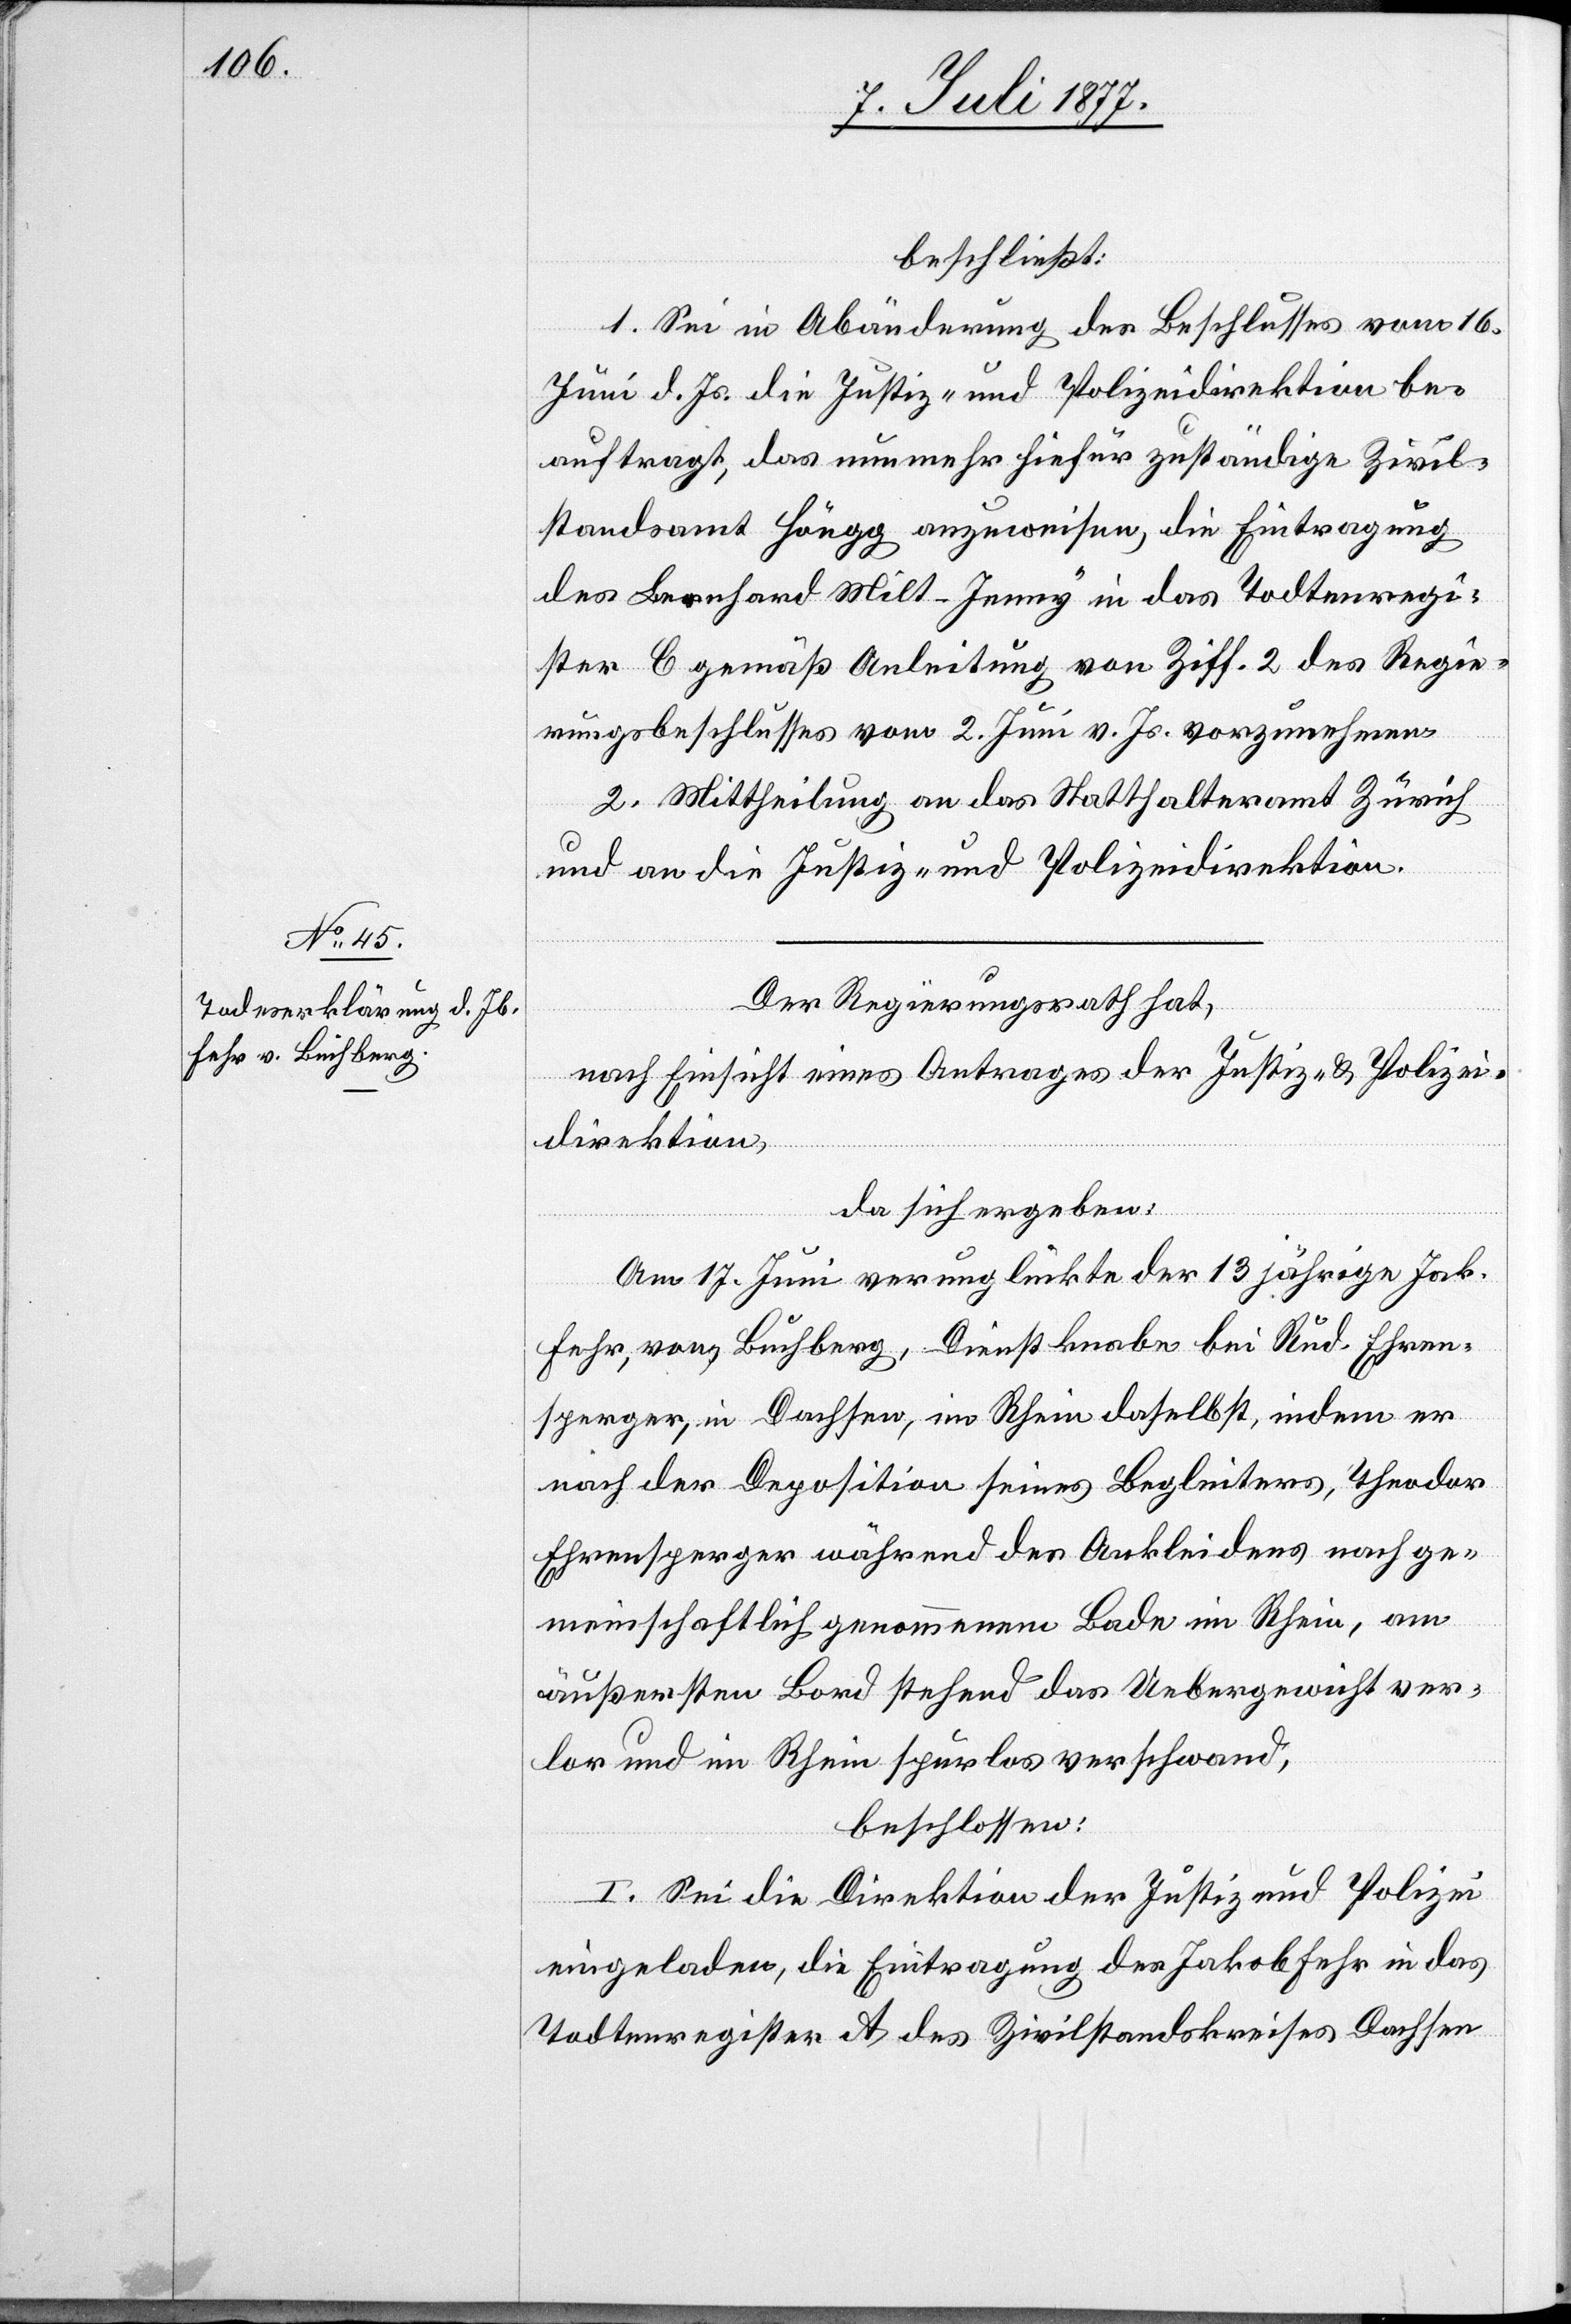
beschließt:
1. Sei in Abänderung des Beschlusses vom 16.
Juni d. Js. die Justiz- und Polizeidirektion be¬
auftragt, das nunmehr hiefür zuständige Zivil¬
standsamt Höngg anzuweisen, die Eintragung
des Bernhard Milt-Jenny in das Todtenregi¬
ster C gemäß Anleitung von Ziff. 2 des Regie¬
rungsbeschlusses vom 2. Juni v. Js. vorzunehmen.
2. Mittheilung an das Statthalteramt Zürich
und an die Justiz- und Polizeidirektion.
Der Regierungsrath hat,
nach Einsicht eines Antrages der Justiz- & Polizei¬
direktion,
da sich ergeben:
Am 17. Juni verunglückte der 13 jährige Jak.
Fehr, von Buchberg, Dienstknabe bei Rud. Ehren¬
sperger, in Dachsen, im Rhein daselbst, indem er
nach der Deposition seines Begleiters, Theodor
Ehrensperger während des Ankleidens nach ge¬
meinschaftlich genommenem Bade im Rhein, am
äußersten Bord stehend das Uebergewicht ver¬
lor und im Rhein spurlos verschwand,
beschlossen:
I. Sei die Direktion der Justiz und Polizei
eingeladen, die Eintragung des Jakob Fehr in das
Todtenregister A des Zivilstandskreises Dachsen